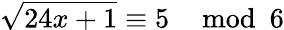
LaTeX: {\sqrt{24x+1}}\equiv 5\mod 6